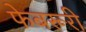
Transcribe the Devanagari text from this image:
फेबरूरी